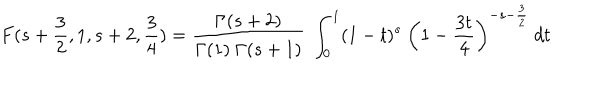
F ( s + { \frac { 3 } { 2 } } , 1 , s + 2 , { \frac { 3 } { 4 } } ) = { \frac { \Gamma ( s + 2 ) } { \Gamma ( 1 ) \ \Gamma ( s + 1 ) } } \ \int _ { 0 } ^ { 1 } ( 1 - t ) ^ { s } \ \left( 1 - { \frac { 3 t } { 4 } } \right) ^ { - s - { \frac { 3 } { 2 } } } \ d t